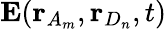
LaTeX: \mathbf{E}(\mathbf{r}_{A_{m}},\mathbf{r}_{D_{n}},t)